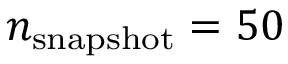
n _ { \mathrm { s n a p s h o t } } = 5 0